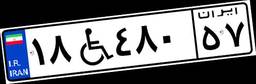
۵۲W۷۷۶۳۷